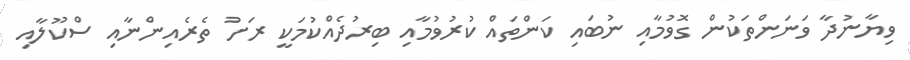
ވިޔާނުދާ ވަނަންތަކުން ގޮވުމާއި ނުބައި ކަންތައް ކުރުވުމާއި ބިރުދެއްކުމަކީ ރަށު ތެރެއިންނާއި ސްކޫލާއި